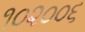
૧૦૨૦૦૬